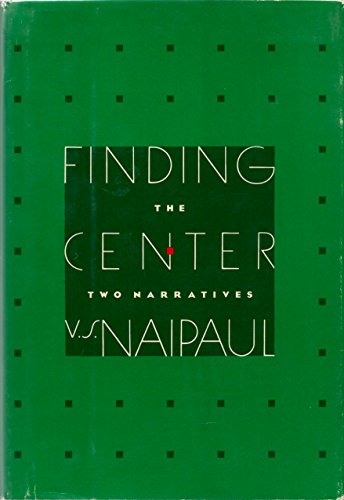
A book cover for Finding the Center; V. S. Naipaul; Travel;